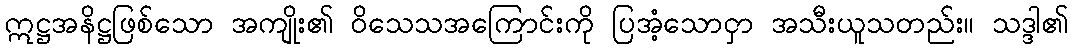
ဣဋ္ဌအနိဋ္ဌဖြစ်သော အကျိုး၏ ဝိသေသအကြောင်းကို ပြအံ့သောငှာ အသီးယူသတည်း။ သဒ္ဒါ၏